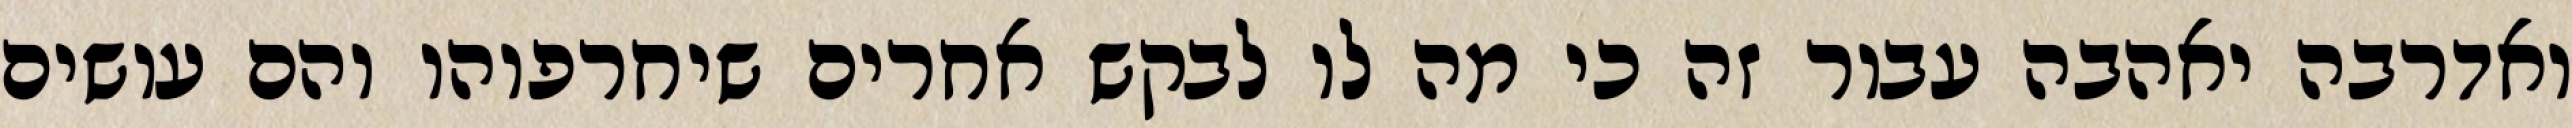
ואדרבה יאהבה עבור זה כי מה לו לבקש אחרים שיחרפוהו והם עושים